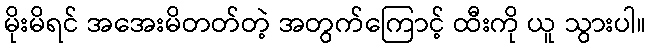
မိုးမိရင် အအေးမိတတ်တဲ့ အတွက်ကြောင့် ထီးကို ယူ သွားပါ။